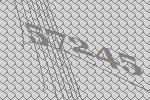
57245